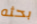
بحثه